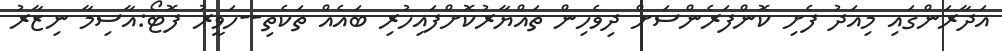
އަދާރަންގައި މިއަދު ފެށި ކޮންފަރެންސަށް ދިވެހިން ތައްޔާރުކޮށްފައިހުރި ބައެއް ތަކެތި--ހަވީރު ފޮޓޯ:އާސިމާ ނިޒާރު